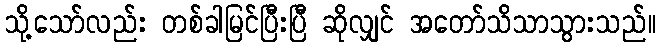
သို့သော်လည်း တစ်ခါမြင်ပြီးပြီ ဆိုလျှင် အတော်သိသာသွားသည်။